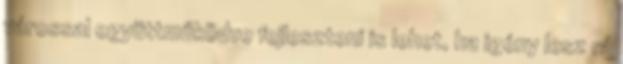
várossal együttműködve fejleszteni is lehet, ha igény lesz rá